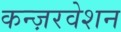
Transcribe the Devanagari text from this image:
कन्ज़रवेशन